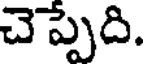
చెప్పేది.